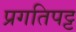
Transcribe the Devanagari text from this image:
प्रगतिपट्ट